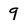
Character: 9